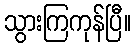
သွားကြကုန်ပြီ။